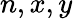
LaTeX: n,x,y